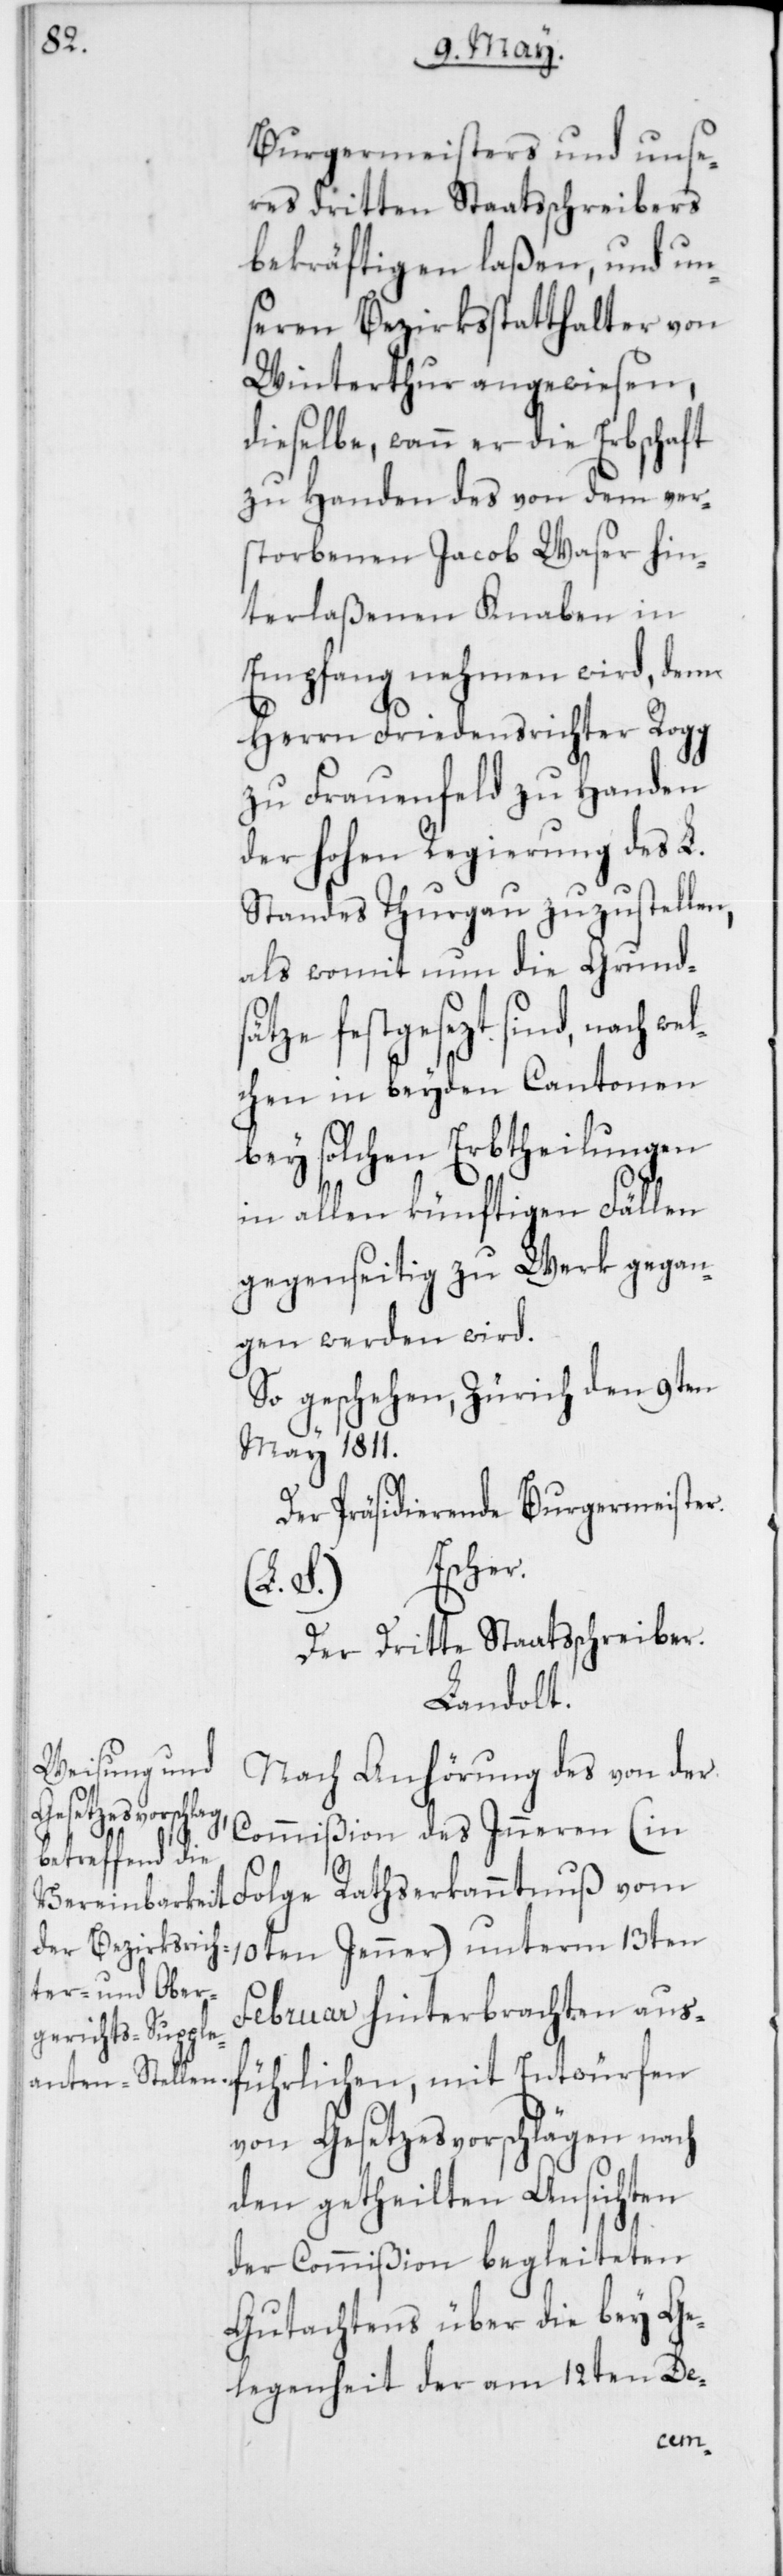
Burgermeisters und unse¬
res dritten Staatsschreibers
bekräftigen laßen, und un¬
seren Bezirksstatthalter von
Winterthur angewiesen,
dieselbe, wann die Erbschaft
zu Handen des von dem ver¬
storbenen Jacob Waser hin¬
terlaßenen Knaben in
Empfang nehmen wird, dem
Herrn Friedensrichter Rogg
zu Frauenfeld zu Handen
der hohen Regierung des L.
Standes Thurgau zuzustellen,
als womit nun die Grund¬
ze festgesezt sind, nach
chen in beyden Cantonen
bey solchen Erbtheilungen
in allen künftigen Fällen
gegenseitig zu Werk gegan¬
gen werden wird.
So geschehen, Zürich den 9ten
May 1811.
Der Präsidierende Burgermeister.
Escher.
(L. S.)
Der Dritte Staatsschreiber.
Landolt.
Nach Anhörung des von der
Commißion des Inneren (in
Folge Rathserkanntnuß vom
10ten Jenner) unterm 13ten
Februar hinterbrachten aus¬
führlichen, mit Entwürfen
von Gesetzesvorschlägen nach
den getheilten Ansichten
der Commißion begleiteten
Gutachtens über die bey Ge¬
legenheit der am 12ten De-
wel¬